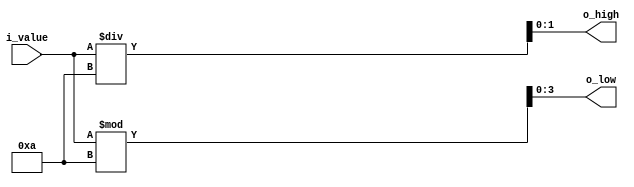
// This program was cloned from: https://github.com/FPGADude/Digital-Design
// License: GNU General Public License v3.0

`timescale 1ns / 1ps

module conv2bcd(
    input [4:0] i_value,    // coin_count | change
    output [3:0] o_low,     // low digit (0-9)
    output [1:0] o_high     // high digit (0,1,2)
    );
    
    reg [1:0] tens;
    reg [3:0] ones;
    
    always @* begin
        tens = i_value / 10;
        ones = i_value % 10;
    end
    
    assign o_low = ones;
    assign o_high = tens;
    
endmodule